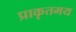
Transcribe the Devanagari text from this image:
प्राकृतमय